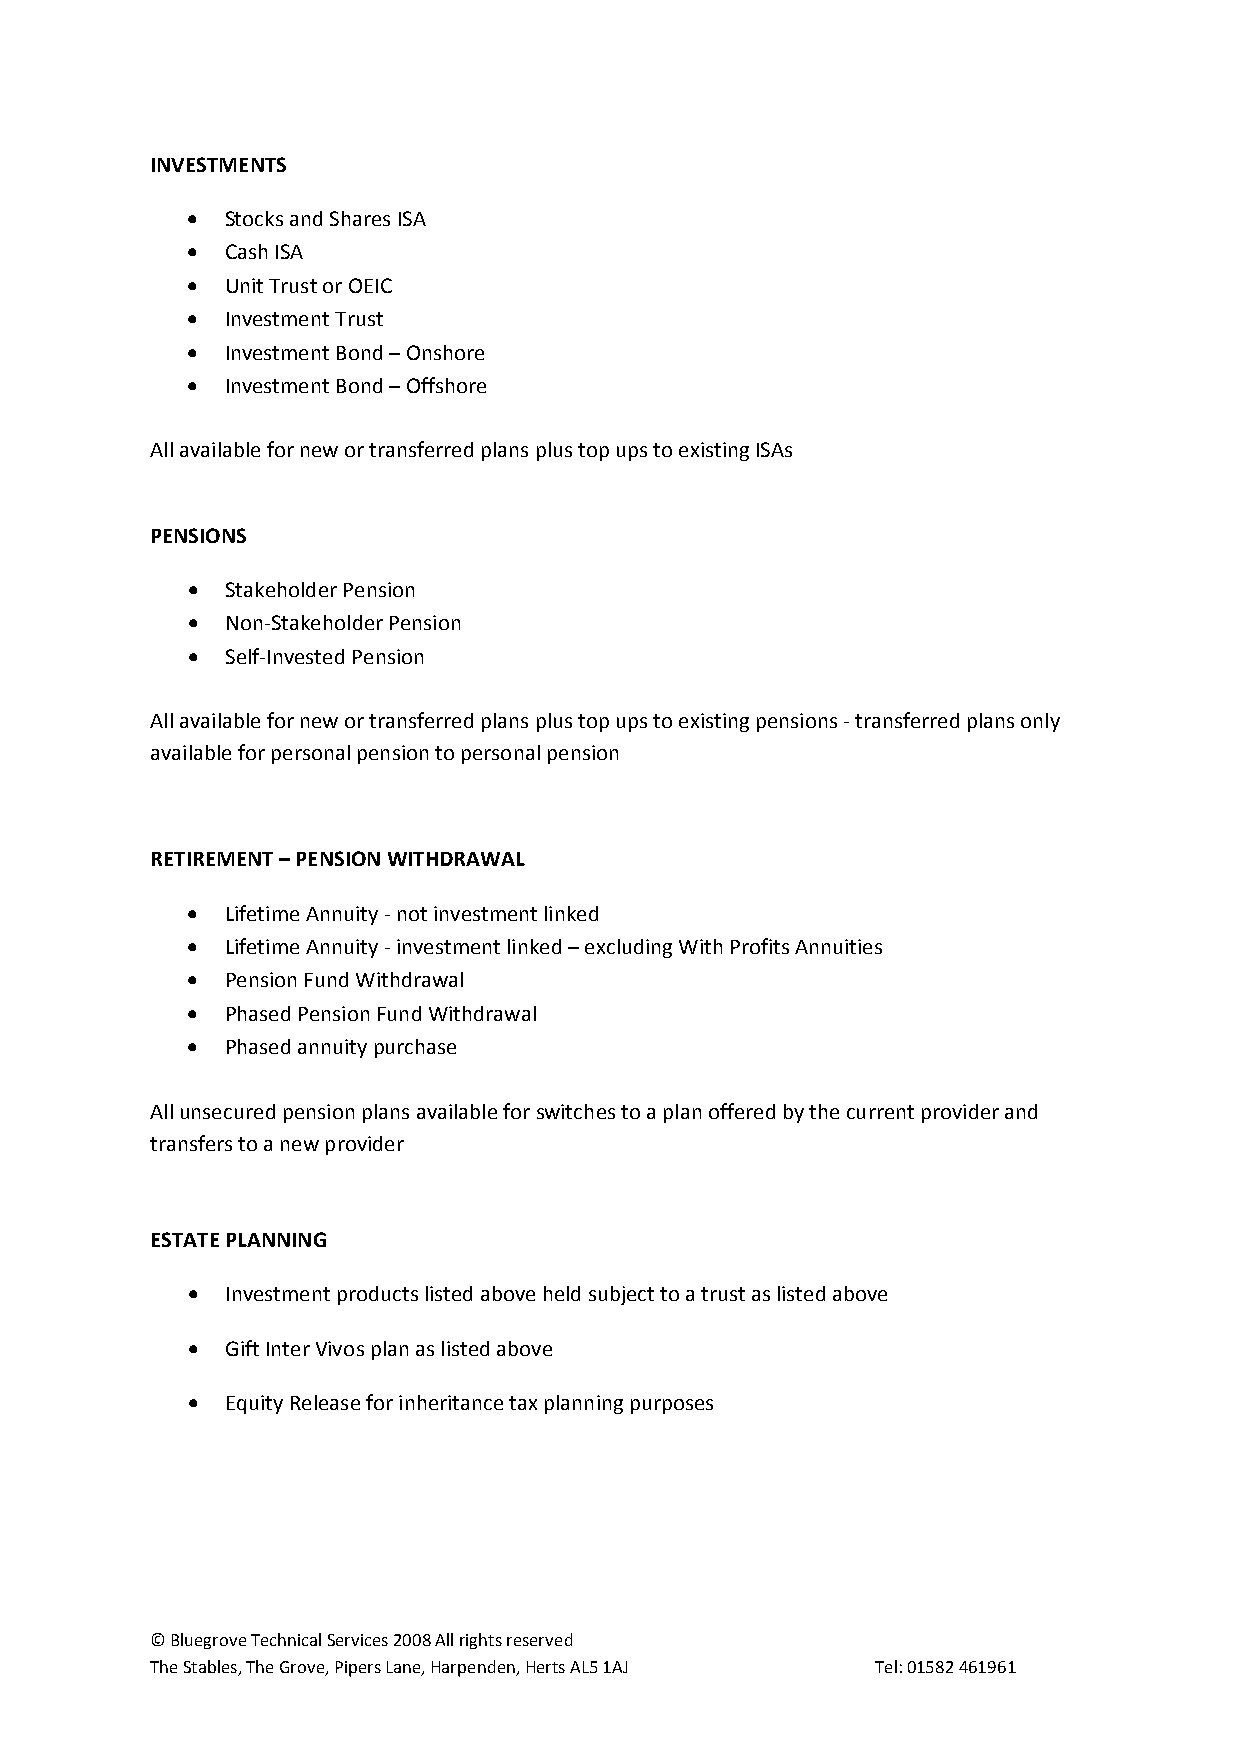
INVESTMENTS
 •  Stocks and Shares ISA
 •  Cash ISA
 •  Unit Trust or OEIC
 •  Investment Trust
 •  Investment Bond – Onshore
 •  Investment Bond – Offshore
 All available for new or transferred plans plus top ups to existing ISAs
 PENSIONS
 •  Stakeholder Pension
 •  Non‐Stakeholder Pension
 •  Self‐Invested Pension
 All available for new or transferred plans plus top ups to existing pensions ‐ transferred plans only
 available for personal pension to personal pension
 RETIREMENT – PENSION WITHDRAWAL
 •  Lifetime Annuity ‐ not investment linked
 •  Lifetime Annuity ‐ investment linked – excluding With Profits Annuities
 •  Pension Fund Withdrawal
 •  Phased Pension Fund Withdrawal
 •  Phased annuity purchase
 All unsecured pension plans available for switches to a plan offered by the current provider and
 transfers to a new provider
 ESTATE PLANNING
 •  Investment products listed above held subject to a trust as listed above
 •  Gift Inter Vivos plan as listed above
 •  Equity Release for inheritance tax planning purposes
 © Bluegrove Technical Services 2008 All rights reserved
 The Stables, The Grove, Pipers Lane, Harpenden, Herts AL5 1AJ Tel: 01582 461961